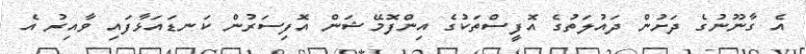
އެ ގާނޫނުގެ ދަށުން ދައުލަތުގެ އޮފީސްތަކުގެ އިންފޮމޭޝަން އޮފިސަރުން ކަނޑައަޅާފައި ވާއިރު އެ